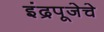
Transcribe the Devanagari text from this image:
इंद्रपूजेचे